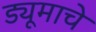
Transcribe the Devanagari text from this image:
ड्यूमाचे